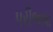
પરીભાષા